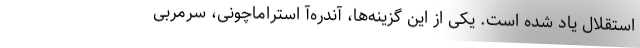
استقلال یاد شده است. یکی از این گزینه‌ها، آندره‌آ استراماچونی، سرمربی